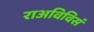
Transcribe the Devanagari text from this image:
राअविविसं